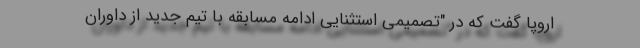
اروپا گفت که در "تصمیمی استثنایی ادامه مسابقه با تیم جدید از داوران